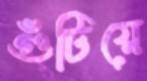
গুঁটিয়ে